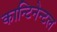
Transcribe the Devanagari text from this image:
कान्टिनेन्टल